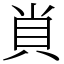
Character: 𧴪